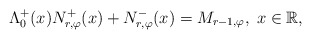
\begin{align*}\Lambda^{+}_{0}(x) N_{r,\varphi}^{+}(x) + N_{r,\varphi}^{-}(x) = {M}_{r-1,\varphi}, \; x\in {\mathbb R},\end{align*}